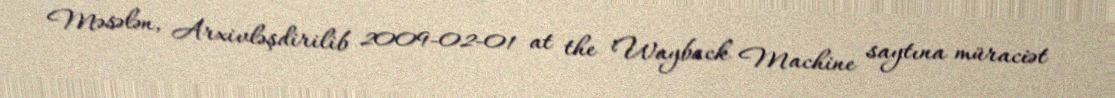
Məsələn, Arxivləşdirilib 2009-02-01 at the Wayback Machine saytına müraciət